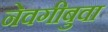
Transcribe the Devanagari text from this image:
नेवगीबुवा